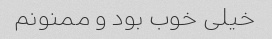
خیلی خوب بود و ممنونم